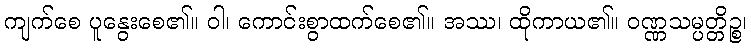
ကျက်စေ ပူနွေးစေ၏။ ဝါ၊ ကောင်းစွာထက်စေ၏။ အဿ၊ ထိုကာယ၏။ ဝဏ္ဏသမ္ပတ္တိဉ္စ၊